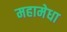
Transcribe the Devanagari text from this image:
महामेधा